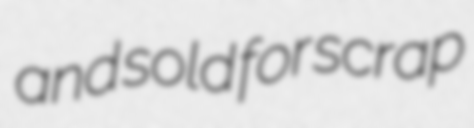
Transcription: and sold for scrap